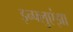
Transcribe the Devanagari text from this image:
इन्‍फ्लुएंझा